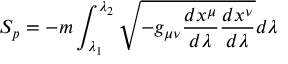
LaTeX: S _ { p } = - m \int _ { \lambda _ { 1 } } ^ { \lambda _ { 2 } } \sqrt { - g _ { \mu \nu } \frac { d x ^ { \mu } } { d \lambda } \frac { d x ^ { \nu } } { d \lambda } } d \lambda